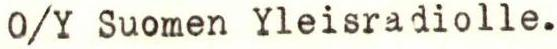
O/Y Suomen Yleisradiolle.